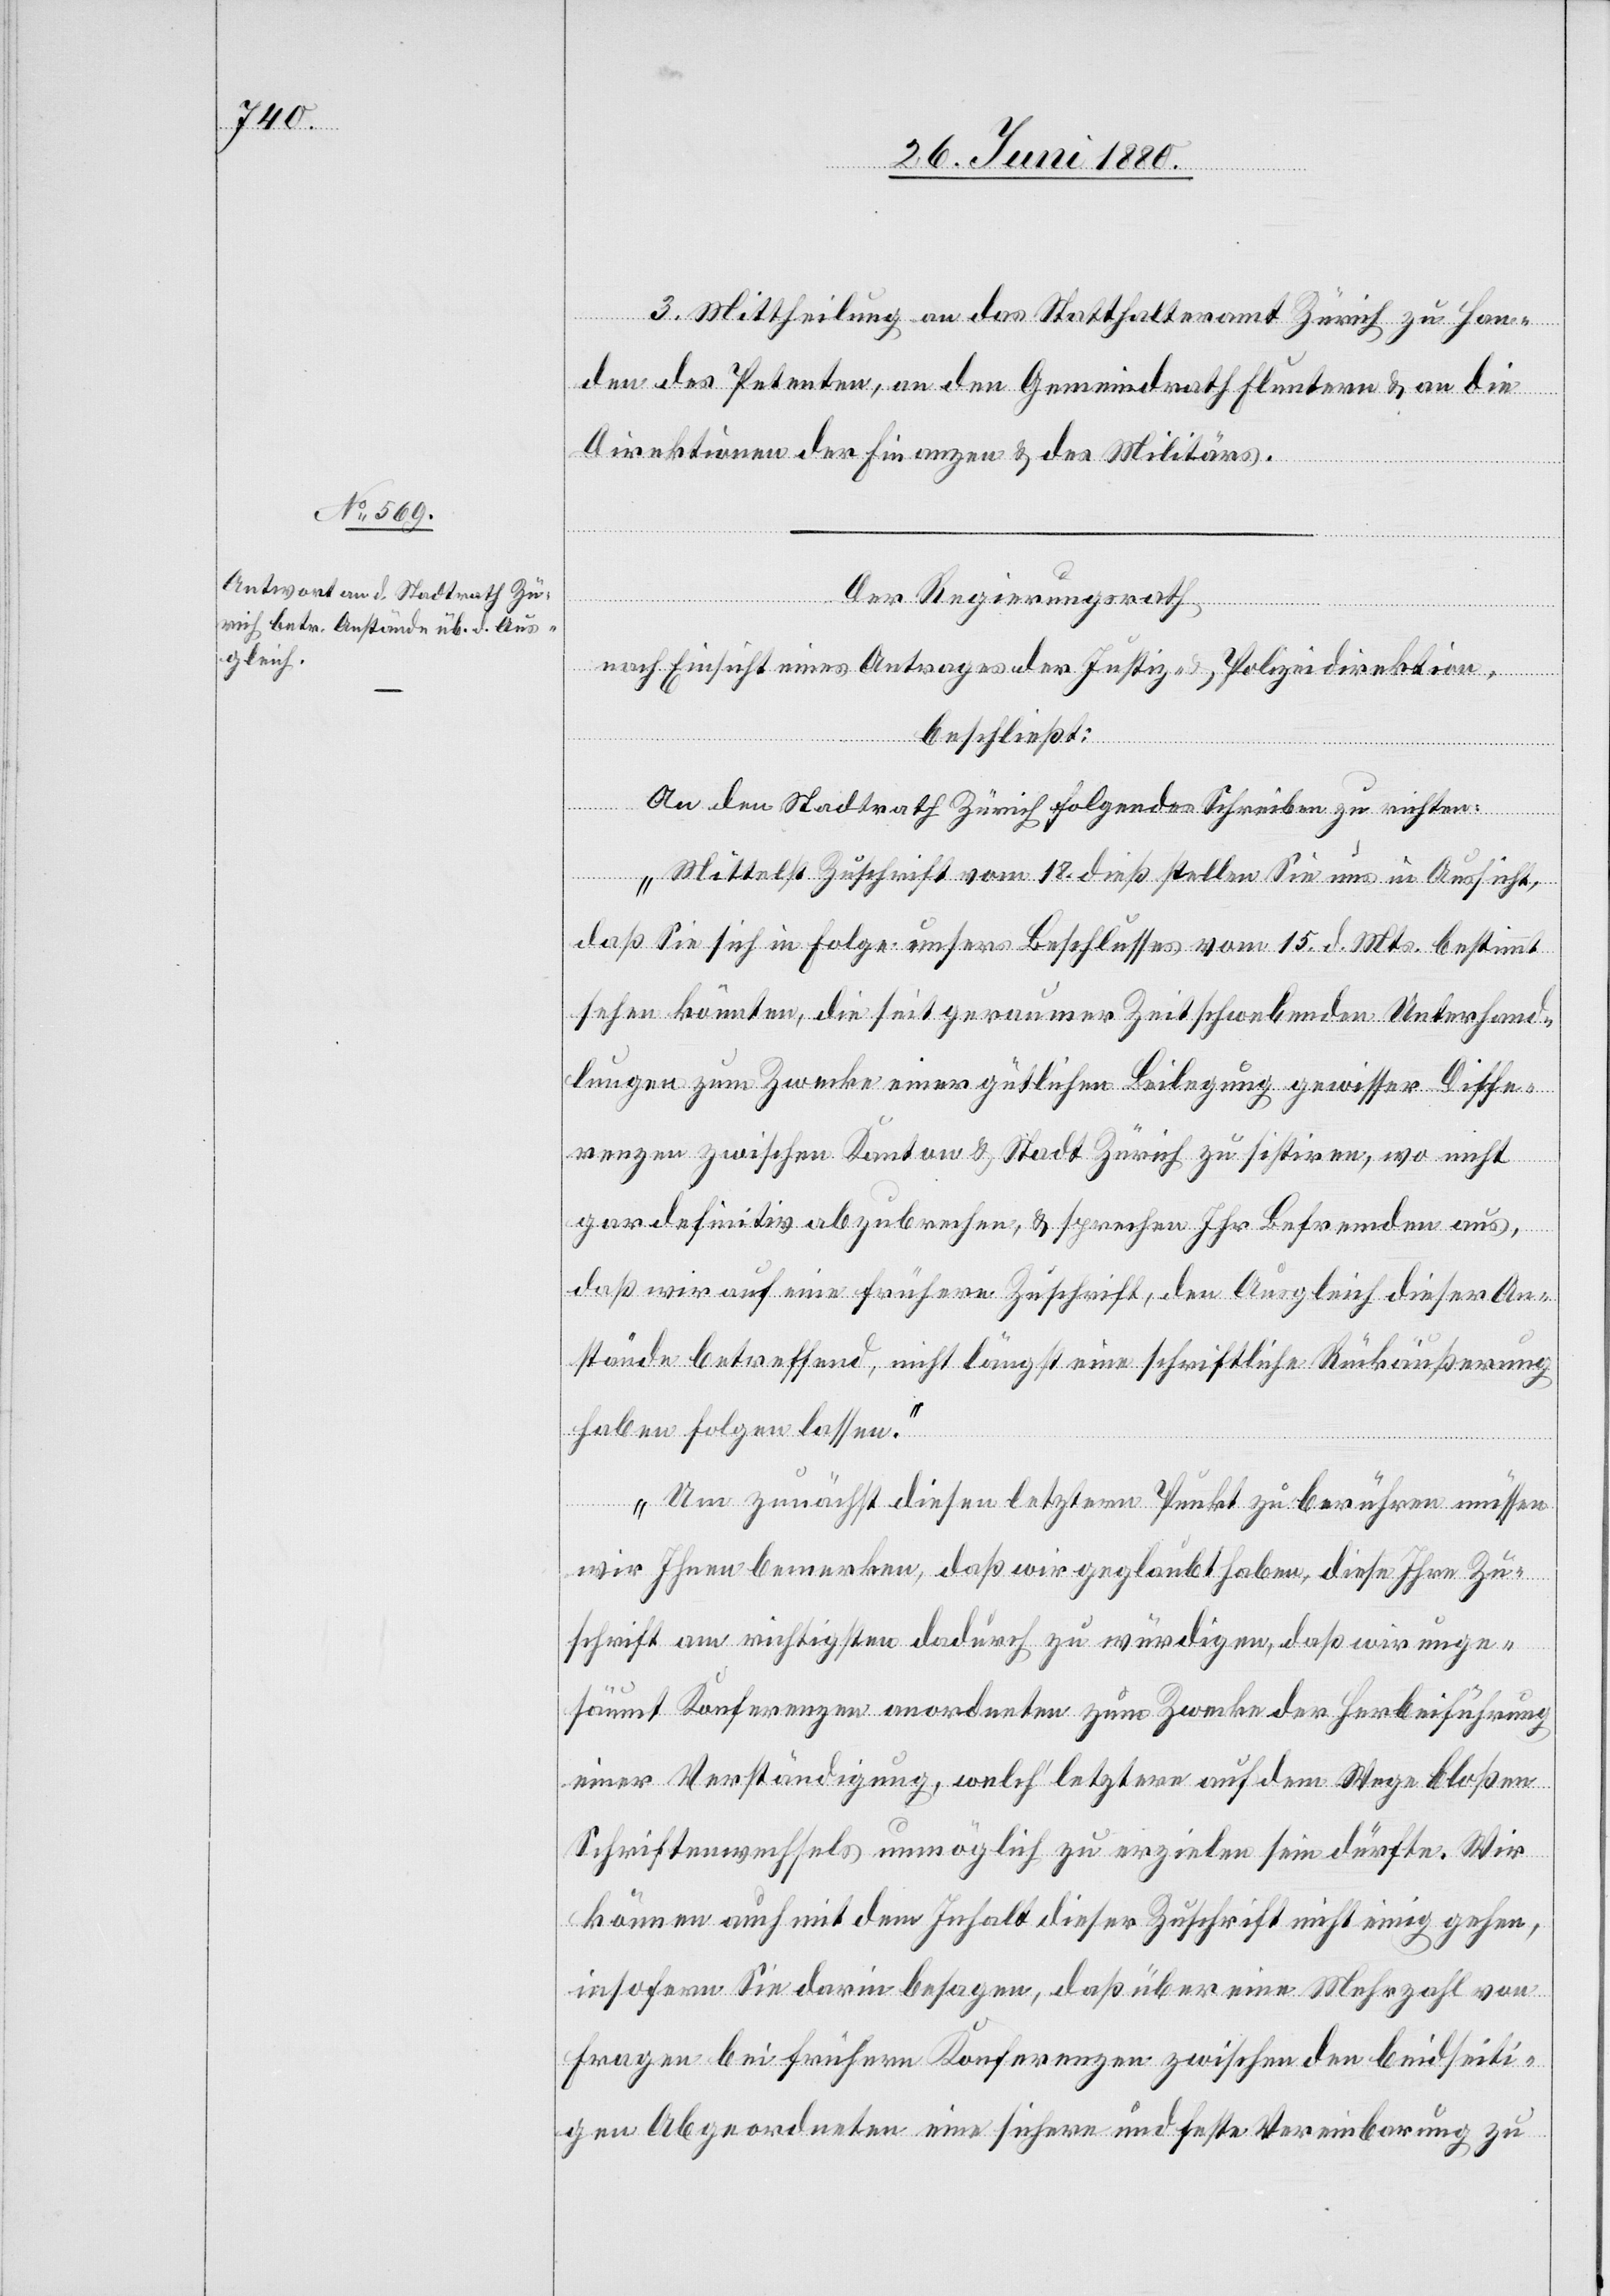
3. Mittheilung an das Statthalteramt Zürich zu Han¬
den des Petenten, an den Gemeindrath Fluntern & an die
Direktionen der Finanzen & des Militärs.
Der Regierungsrath
nach Einsicht eines Antrages der Justiz- & Polizeidirektion,
beschließt:
An den Stadtrath Zürich folgendes Schreiben zu richten:
„Mittelst Zuschrift vom 18. dieß stellen Sie uns in Aussicht,
daß Sie sich in Folge unsers Beschlusses vom 15. d. Mts. bestimmt
sehen könnten, die seit geraumer Zeit schwebenden Unterhand¬
lungen zum Zwecke einer gütlichen Beilegung gewisser Diffe¬
renzen zwischen Kanton & Stadt Zürich zu sistiren, wo nicht
gar definitiv abzubrechen, & sprechen Ihr Befremden aus,
daß wir auf eine frühere Zuschrift, den Ausgleich dieser An¬
stände betreffend, nicht längst eine schriftliche Rückäußerung
haben folgen lassen.
Um zunächst diesen letztern Punkt zu berühren müssen
wir Ihnen bemerken, daß wir geglaubt haben, diese Ihre Zu¬
schrift am richtigsten dadurch zu würdigen, daß wir unge¬
säumt Konferenzen anordneten zum Zwecke der Herbeiführung
einer Verständigung, welch‘ letztere auf dem Wege bloßen
Schriftenwechsels unmöglich zu erzielen sein dürfte. Wir
können auch mit dem Inhalt dieser Zuschrift nicht einig gehen,
insofern Sie darin besagen, daß über eine Mehrzahl von
Fragen bei frühern Konferenzen zwischen den beidseiti¬
gen Abgeordneten eine sichere und feste Vereinbarung zu